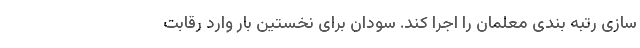
سازی رتبه بندی معلمان را اجرا کند. سودان برای نخستین بار وارد رقابت